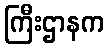
ကြီးဌာနက